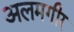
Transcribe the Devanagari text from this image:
अलमगीर